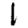
Digit: 1